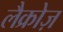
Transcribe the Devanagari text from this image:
लैक्रोज़